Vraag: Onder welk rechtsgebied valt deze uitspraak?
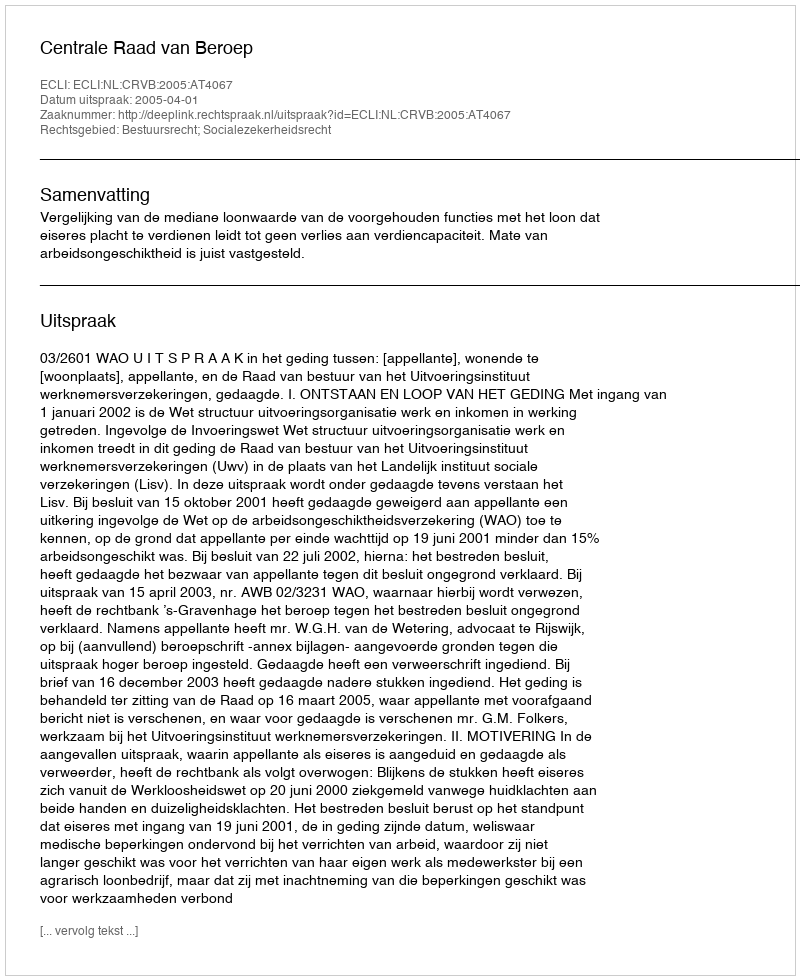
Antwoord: Bestuursrecht; Socialezekerheidsrecht